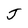
Character: J